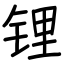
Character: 锂